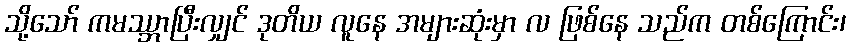
သို့သော် ကမဿ္ဘာပြီးလျှင် ဒုတိယ လူနေ အများဆုံးမှာ လ ဖြစ်နေ သည်က တစ်ကြောင်း၊